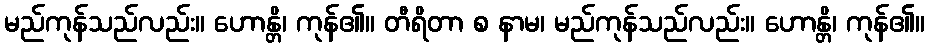
မည်ကုန်သည်လည်း။ ဟောန္တိ၊ ကုန်၏။ တီရိတာ စ နာမ၊ မည်ကုန်သည်လည်း။ ဟောန္တိ၊ ကုန်၏။